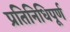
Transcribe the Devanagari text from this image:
प्रतिनिधिपूर्ण